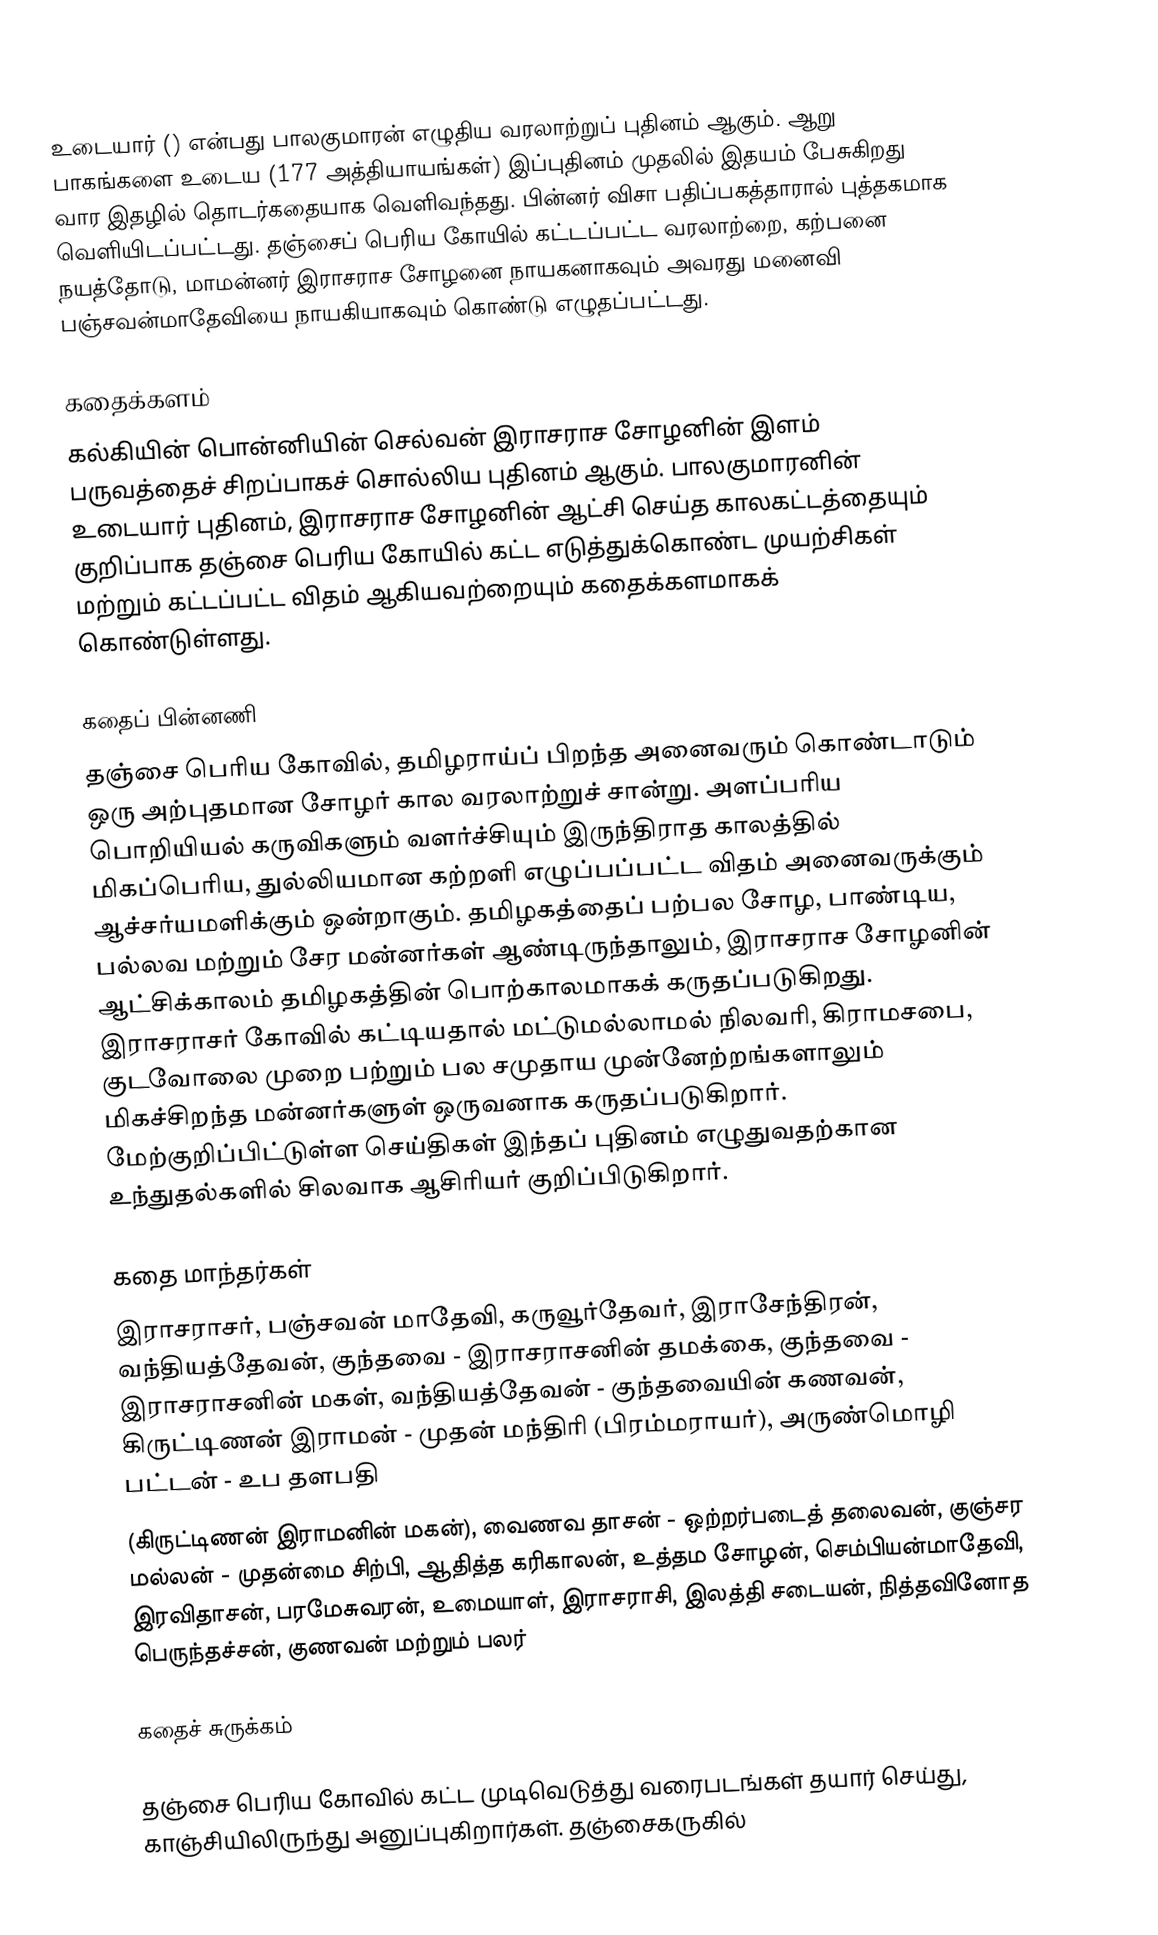
உடையார் () என்பது பாலகுமாரன் எழுதிய வரலாற்றுப் புதினம் ஆகும். ஆறு பாகங்களை உடைய (177 அத்தியாயங்கள்) இப்புதினம் முதலில் இதயம் பேசுகிறது வார இதழில் தொடர்கதையாக வெளிவந்தது. பின்னர் விசா பதிப்பகத்தாரால் புத்தகமாக வெளியிடப்பட்டது. தஞ்சைப் பெரிய கோயில் கட்டப்பட்ட வரலாற்றை, கற்பனை நயத்தோடு, மாமன்னர் இராசராச சோழனை நாயகனாகவும் அவரது மனைவி பஞ்சவன்மாதேவியை நாயகியாகவும் கொண்டு எழுதப்பட்டது.

கதைக்களம்
கல்கியின் பொன்னியின் செல்வன் இராசராச சோழனின் இளம் பருவத்தைச் சிறப்பாகச் சொல்லிய புதினம் ஆகும். பாலகுமாரனின் உடையார் புதினம், இராசராச சோழனின் ஆட்சி செய்த காலகட்டத்தையும் குறிப்பாக தஞ்சை பெரிய கோயில் கட்ட எடுத்துக்கொண்ட முயற்சிகள் மற்றும் கட்டப்பட்ட விதம் ஆகியவற்றையும் கதைக்களமாகக் கொண்டுள்ளது.

கதைப் பின்னணி
தஞ்சை பெரிய கோவில், தமிழராய்ப் பிறந்த அனைவரும் கொண்டாடும் ஒரு அற்புதமான சோழர் கால வரலாற்றுச் சான்று. அளப்பரிய பொறியியல் கருவிகளும் வளர்ச்சியும் இருந்திராத காலத்தில் மிகப்பெரிய, துல்லியமான கற்றளி எழுப்பப்பட்ட விதம் அனைவருக்கும் ஆச்சர்யமளிக்கும் ஒன்றாகும். தமிழகத்தைப் பற்பல சோழ, பாண்டிய, பல்லவ மற்றும் சேர மன்னர்கள் ஆண்டிருந்தாலும், இராசராச சோழனின் ஆட்சிக்காலம் தமிழகத்தின் பொற்காலமாகக் கருதப்படுகிறது. இராசராசர் கோவில் கட்டியதால் மட்டுமல்லாமல் நிலவரி, கிராமசபை, குடவோலை முறை பற்றும் பல சமுதாய முன்னேற்றங்களாலும் மிகச்சிறந்த மன்னர்களுள் ஒருவனாக கருதப்படுகிறார். மேற்குறிப்பிட்டுள்ள செய்திகள் இந்தப் புதினம் எழுதுவதற்கான உந்துதல்களில் சிலவாக ஆசிரியர் குறிப்பிடுகிறார்.

கதை மாந்தர்கள்
இராசராசர், பஞ்சவன் மாதேவி, கருவூர்தேவர், இராசேந்திரன், வந்தியத்தேவன், குந்தவை - இராசராசனின் தமக்கை, குந்தவை - இராசராசனின் மகள், வந்தியத்தேவன் - குந்தவையின் கணவன், கிருட்டிணன் இராமன் - முதன் மந்திரி (பிரம்மராயர்), அருண்மொழி பட்டன் - உப தளபதி
(கிருட்டிணன் இராமனின் மகன்), வைணவ தாசன் - ஒற்றர்படைத் தலைவன், குஞ்சர மல்லன் - முதன்மை சிற்பி, ஆதித்த  கரிகாலன், உத்தம சோழன், செம்பியன்மாதேவி, இரவிதாசன், பரமேசுவரன், உமையாள், இராசராசி, இலத்தி சடையன், நித்தவினோத பெருந்தச்சன், குணவன் மற்றும் பலர்

கதைச் சுருக்கம்

தஞ்சை பெரிய கோவில் கட்ட முடிவெடுத்து வரைபடங்கள் தயார் செய்து, காஞ்சியிலிருந்து அனுப்புகிறார்கள். தஞ்சைகருகில்